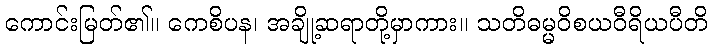
ကောင်းမြတ်၏။ ကေစိပန၊ အချို့ဆရာတို့မှာကား။ သတိဓမ္မဝိစယဝီရိယပီတိ